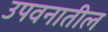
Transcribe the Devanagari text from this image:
उपवनातील